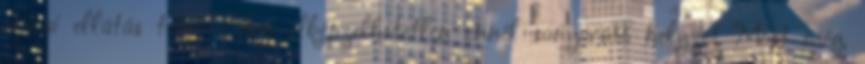
orvosi ellátás tekintetében elképzelhetetlen ennél sanyarúbb helyzet Most még,